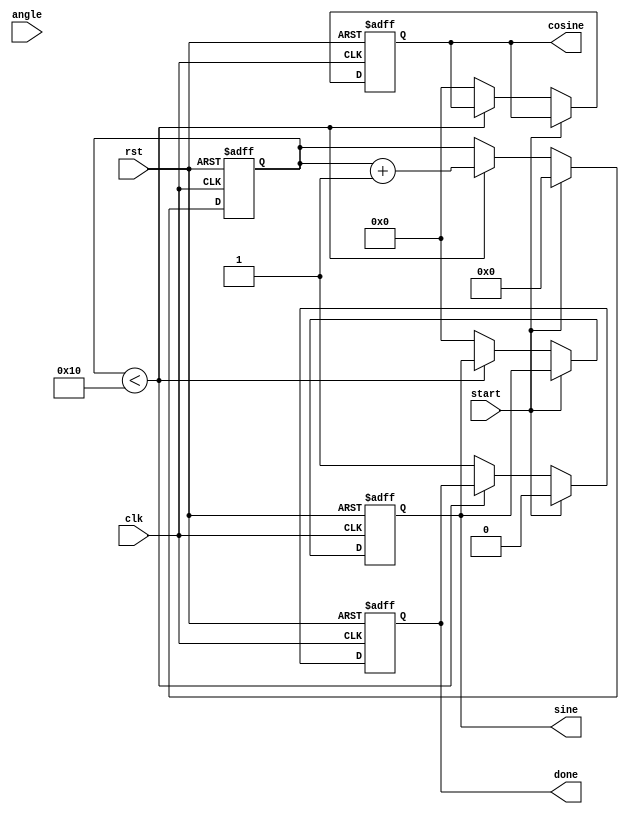
module adaptive_cordic (
    input wire clk,
    input wire rst,
    input wire start,
    input wire signed [15:0] angle, // Input angle in fixed-point format
    output reg signed [15:0] sine,   // Output sine value
    output reg signed [15:0] cosine,  // Output cosine value
    output reg done
);

    // CORDIC parameters
    parameter NUM_ITERATIONS = 16; // Number of iterations
    reg signed [15:0] atan_table [0:NUM_ITERATIONS-1]; // Arctangent lookup table
    reg signed [15:0] x, y, z; // CORDIC variables
    reg [3:0] iteration; // Iteration counter
    reg [2:0] direction; // Rotation direction

    // Scaling factor (for normalization)
    parameter SCALE_FACTOR = 16'h26DD; // Precomputed scaling factor for 16 iterations

    // Initialization of arctangent values
    initial begin
        atan_table[0] = 16'h2000; // atan(1) = pi/4 in fixed-point
        atan_table[1] = 16'h12D4; // atan(0.5) = pi/6 in fixed-point
        atan_table[2] = 16'h0A3D; // atan(0.25) = pi/12 in fixed-point
        // ... Fill in the rest of the atan_table values
        // atan_table[3] to atan_table[15] should be filled similarly
    end

    // Control logic
    always @(posedge clk or posedge rst) begin
        if (rst) begin
            iteration <= 0;
            x <= 16'h26DD; // Initial x = 1.0 in fixed-point
            y <= 0; // Initial y = 0.0
            z <= 0; // Initial angle z = 0.0
            done <= 0;
            sine <= 0;
            cosine <= 0;
        end else if (start) begin
            // Reset on new start signal
            iteration <= 0;
            x <= 16'h26DD; // Initial x = 1.0 in fixed-point
            y <= 0; // Initial y = 0.0
            z <= angle; // Load input angle
            done <= 0;
        end else if (iteration < NUM_ITERATIONS) begin
            // Determine direction based on the current angle z
            if (z < 0) begin
                direction <= 1; // Rotate clockwise
                z <= z + atan_table[iteration]; // Update angle
                x <= x + (y >>> iteration); // Update x
                y <= y - (x >>> iteration); // Update y
            end else begin
                direction <= 0; // Rotate counter-clockwise
                z <= z - atan_table[iteration]; // Update angle
                x <= x - (y >>> iteration); // Update x
                y <= y + (x >>> iteration); // Update y
            end
            iteration <= iteration + 1; // Increment iteration
        end else begin
            // Final scaling adjustment
            sine <= y * SCALE_FACTOR >>> 16; // Scale sine
            cosine <= x * SCALE_FACTOR >>> 16; // Scale cosine
            done <= 1; // Indicate completion
        end
    end

endmodule